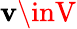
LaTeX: \mathbf{v}\inV